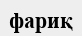
фариқ